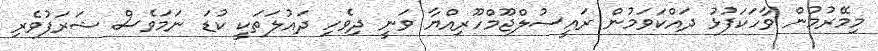
މިމޭރުމުން ވާހަކަފުޅު ދައްކަވަމުން ރައީސުލްޖޫމްހޫރިއްޔާ ވަނީ ދިވެހި ދައުލަތަކީ ކުޑަ ނަމަވެސް ޝަރަފުވެރި